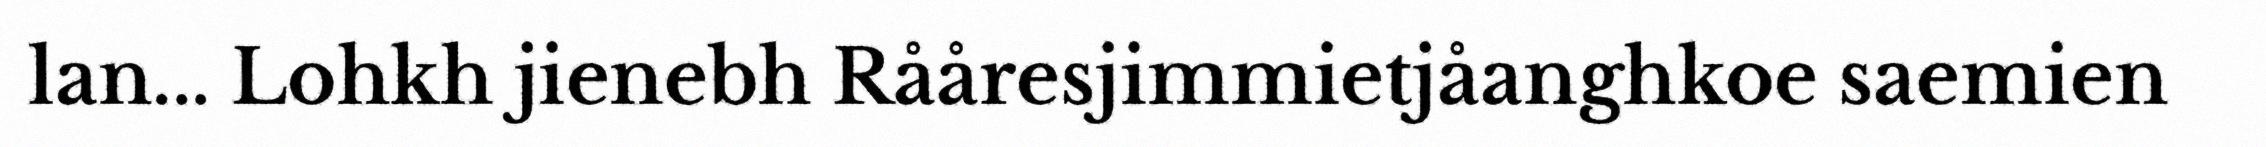
lan... Lohkh jienebh Rååresjimmietjåanghkoe saemien